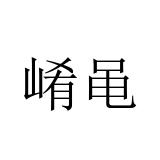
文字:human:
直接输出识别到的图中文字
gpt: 崤黾